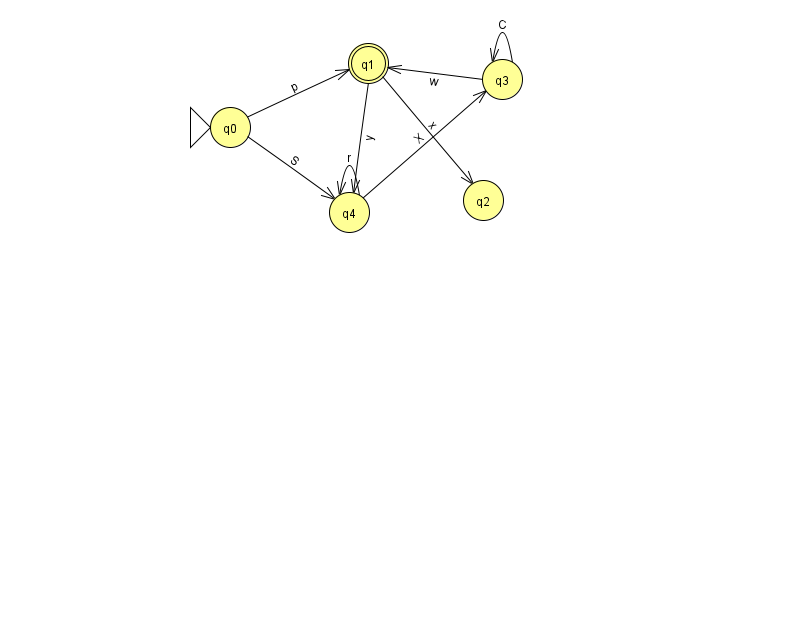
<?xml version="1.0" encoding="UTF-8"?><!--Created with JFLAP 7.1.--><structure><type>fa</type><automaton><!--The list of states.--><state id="0" name="q0"><x>230.0</x><y>114.0</y><initial/></state><state id="1" name="q1"><x>368.0</x><y>50.0</y><final/></state><state id="2" name="q2"><x>483.0</x><y>187.0</y></state><state id="3" name="q3"><x>502.0</x><y>66.0</y></state><state id="4" name="q4"><x>349.0</x><y>199.0</y></state><!--The list of transitions.--><transition><from>4</from><to>4</to><read>r</read></transition><transition><from>3</from><to>3</to><read>C</read></transition><transition><from>1</from><to>4</to><read>y</read></transition><transition><from>3</from><to>1</to><read>w</read></transition><transition><from>4</from><to>3</to><read>X</read></transition><transition><from>0</from><to>1</to><read>p</read></transition><transition><from>0</from><to>4</to><read>S</read></transition><transition><from>1</from><to>2</to><read>x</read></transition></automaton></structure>